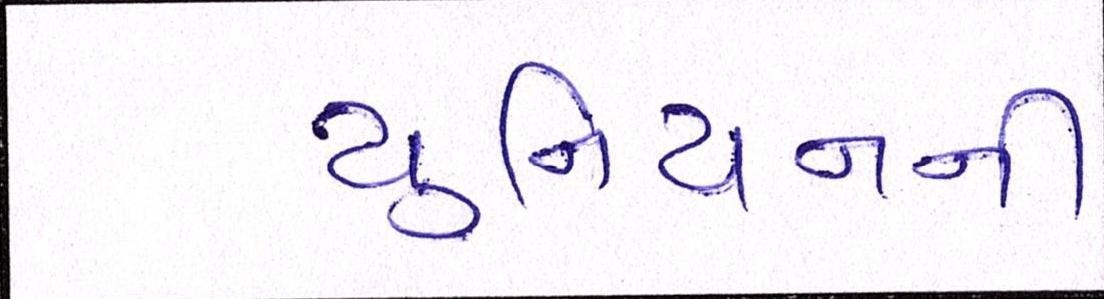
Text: યુનિયનની